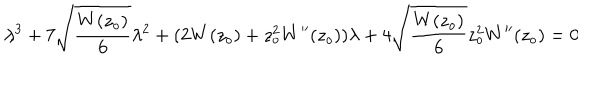
LaTeX: \lambda ^ { 3 } + 7 \sqrt { \frac { W ( z _ { o } ) } { 6 } } \lambda ^ { 2 } + ( 2 W ( z _ { o } ) + z _ { o } ^ { 2 } W ^ { \prime \prime } ( z _ { o } ) ) \lambda + 4 \sqrt { \frac { W ( z _ { o } ) } { 6 } } z _ { o } ^ { 2 } W ^ { \prime \prime } ( z _ { o } ) = 0 \hspace { 5 m m } \ ,